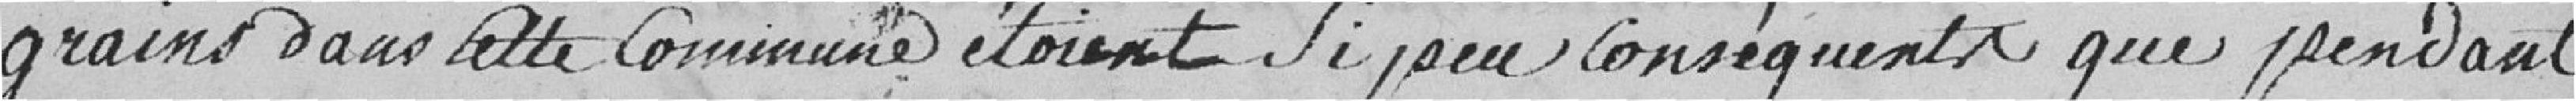
grains dans cette Commune étaient si peu conséquents que pendant